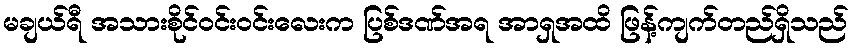
မချယ်ရီ အသားစိုင်ဝင်းဝင်းလေးက ပြစ်ဒဏ်အရ အာရှအထိ ဖြန့်ကျက်တည်ရှိသည်